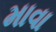
માવા